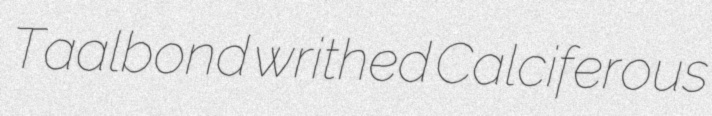
Taalbond writhed Calciferous